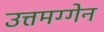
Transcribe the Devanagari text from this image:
उत्तमग्गेन